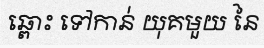
ឆ្ពោះ ទៅកាន់ យុគមួយ នៃ